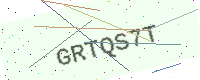
Text: GRTQS7T